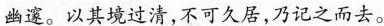
幽邃。以其境过清，不可久居，乃记之而去。